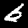
Digit: 6